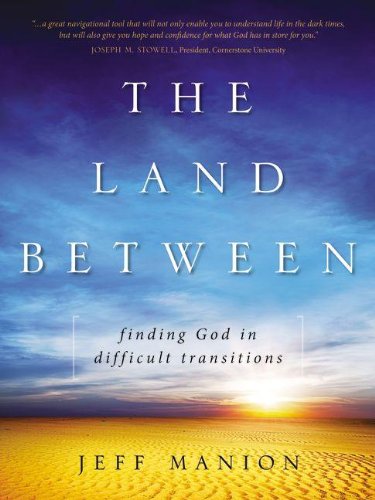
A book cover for The Land Between: Finding God in Difficult Transitions; Jeff Manion; Christian Books & Bibles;